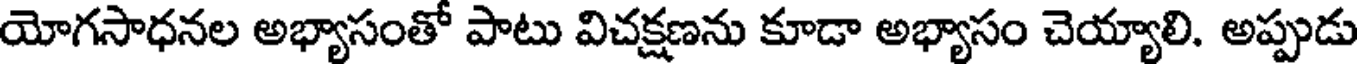
యోగసాధనల అభ్యాసంతో పాటు విచక్షణను కూడా అభ్యాసం చెయ్యాలి. అప్పుడు